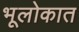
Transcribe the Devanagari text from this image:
भूलोकात